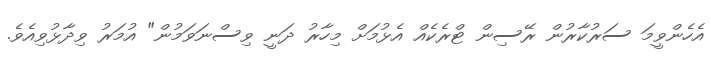
އެހެންވީމަ ސަރުކާރުން ރޭސިން ޓްރެކެއް އެޅުމަށް މިހާރު ދަނީ ވިސްނަވަމުން" އުމަރު ވިދާޅުވިއެވެ.